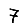
Digit: 7